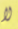
لا